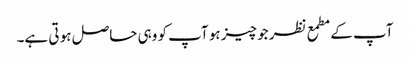
آپ کے مطمع نظر جو چیز ہو آپ کو وہی حاصل ہو تی ہے۔